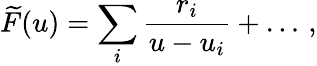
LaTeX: \widetilde F(u)=\sum_{i}{\frac{r_{i}}{u-u_{i}}}+\ldots\, ,